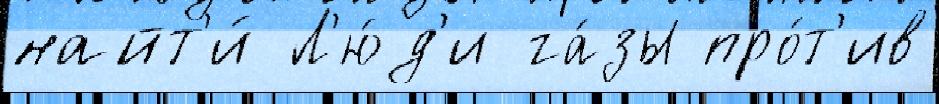
найт'и́ Л'ю́д'и га́зы про́т'ив